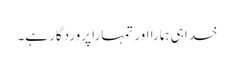
خدا ہی ہمارا اور تمہارا پروردگار ہے۔